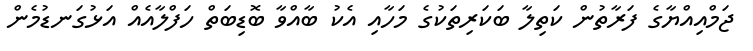
ޖަމްއިއްޔާގެ ފަރާތުން ކަތިލާ ބަކަރިތަކުގެ މަހާއި އެކު ބާއްވާ ބޮޑިބަތް ހަފްލާއެއް އަޅުގަނޑުމެން